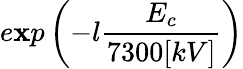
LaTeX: e\mathbf{x}p\left(-l\frac{{E_{c}}}{{7300[kV]}}\right)